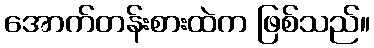
အောက်တန်းစားထဲက ဖြစ်သည်။